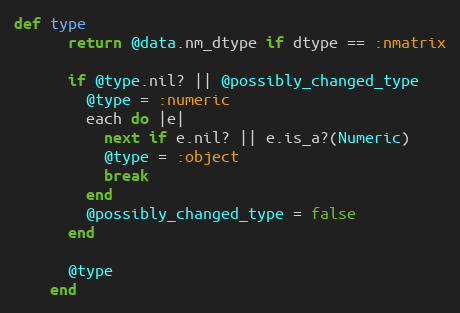
Language: Ruby
def type
      return @data.nm_dtype if dtype == :nmatrix

      if @type.nil? || @possibly_changed_type
        @type = :numeric
        each do |e|
          next if e.nil? || e.is_a?(Numeric)
          @type = :object
          break
        end
        @possibly_changed_type = false
      end

      @type
    end